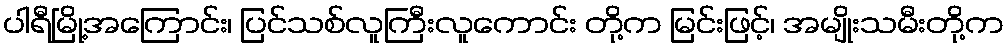
ပါရီမြို့အကြောင်း၊ ပြင်သစ်လူကြီးလူကောင်း တို့က မြင်းဖြင့်၊ အမျိုးသမီးတို့က